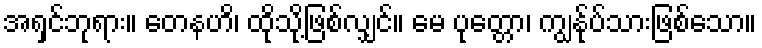
အရှင်ဘုရား။ တေနဟိ၊ ထိုသို့ဖြစ်လျှင်။ မေ ပုတ္တော၊ ကျွန်ုပ်သားဖြစ်သော။